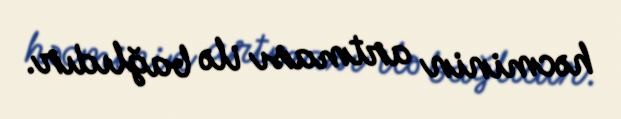
həcminin artması ilə bağlıdır.